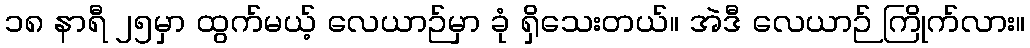
၁၈ နာရီ ၂၅မှာ ထွက်မယ့် လေယာဉ်မှာ ခုံ ရှိသေးတယ်။ အဲဒီ လေယာဉ် ကြိုက်လား။